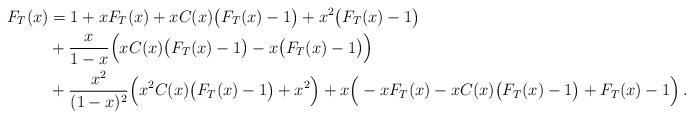
LaTeX: \begin{align*}F_T(x)&=1+xF_T(x)+xC(x)\big(F_T(x)-1\big)+x^2\big(F_T(x)-1\big)\\&+\frac{x}{1-x}\Big(xC(x)\big(F_T(x)-1\big)-x\big(F_T(x)-1\big)\Big)\\&+\frac{x^2}{(1-x)^2}\Big(x^2C(x)\big(F_T(x)-1\big)+x^2\Big)+x\Big(-xF_T(x)-xC(x)\big(F_T(x)-1\big)+F_T(x)-1\Big)\,.\end{align*}